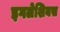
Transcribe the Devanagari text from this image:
इगलेशियस